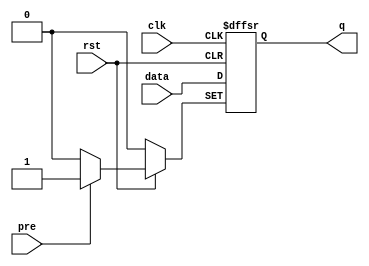
//***************************************************************************//
//***************************************************************************//
//***************************************************************************//
//**************                                          *******************//
//**************                                          *******************//
//**************      (c) SASIC Technologies Pvt Ltd      *******************//
//**************          (c) Verilogic Solutions         *******************//
//**************                                          *******************//
//**************                                          *******************//
//**************                                          *******************//
//**************           www.sasictek.com               *******************//
//**************          www.verilog-ic.com              *******************//
//**************                                          *******************//
//**************           Twitter:@sasictek              *******************//
//**************                                          *******************//
//**************                                          *******************//
//**************                                          *******************//
//***************************************************************************//
//***************************************************************************//


//              File Type: Verilog                                 

                             
//***************************************************************************//
//***************************************************************************//
                             

//              Author:
//              Reviewer:
//              Manager:
                             

//***************************************************************************//
//***************************************************************************//
//
	module dff_rst_pre(input data,clk,rst,pre,
											output reg q);
			always @(posedge clk or negedge rst or posedge  pre)
				begin:always_block
					if(!rst)
						begin:not_reset
							q<=1'b0;
						end   //not reset
					else
						begin:else_blk
							case(pre)
								1'b1:
									begin:pre1_blk
										q<=1'b1;
									end	//pre1_blk
								1'b0:
									begin:pre0_blk
										q<=data;
									end	//pre0_blk
								default:
									begin:if_pre_x_z
										q<=q;
									end	//if_pre_x_z
							endcase
						 end	//else_blk
				end//alw_blk
	endmodule